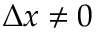
\Delta x \neq 0